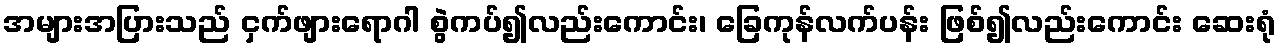
အများအပြားသည် ငှက်ဖျားရောဂါ စွဲကပ်၍လည်းကောင်း၊ ခြေကုန်လက်ပန်း ဖြစ်၍လည်းကောင်း ဆေးရုံ